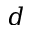
d